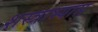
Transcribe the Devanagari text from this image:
शस्त्राभ्यास